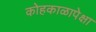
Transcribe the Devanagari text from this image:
कोहकाळापेक्षा